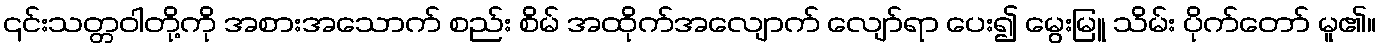
၎င်းသတ္တဝါတို့ကို အစားအသောက် စည်း စိမ် အထိုက်အလျောက် လျော်ရာ ပေး၍ မွေးမြူ သိမ်း ပိုက်တော် မူ၏။